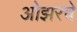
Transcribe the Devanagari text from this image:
ओझरचे